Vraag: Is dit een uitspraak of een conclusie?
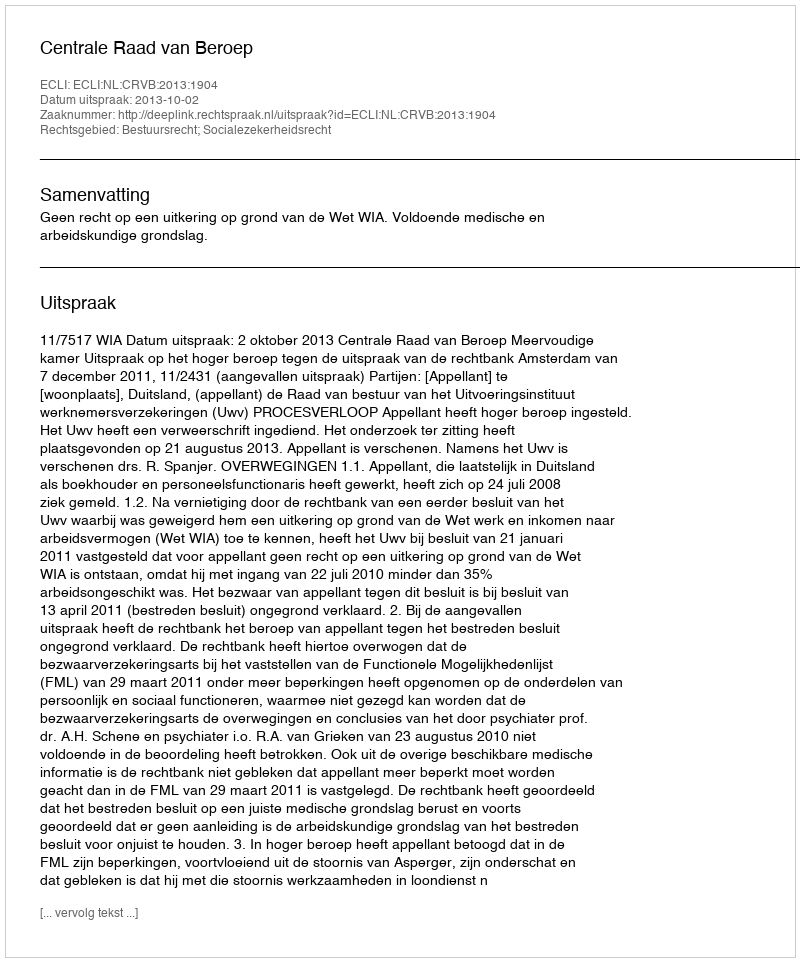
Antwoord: Uitspraak